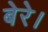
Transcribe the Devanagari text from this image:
बेरे।